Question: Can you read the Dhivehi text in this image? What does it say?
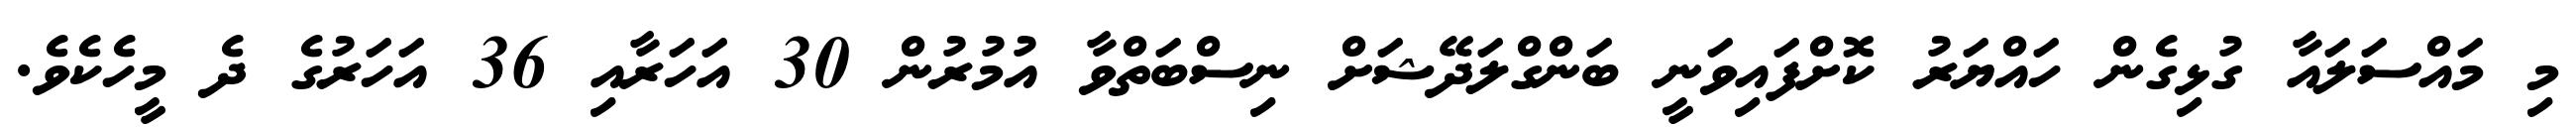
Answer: މި މައްސަލައާ ގުޅިގެން ހައްޔަރު ކޮށްފައިވަނީ ބަންގްލަދޭޝަށް ނިސްބަތްވާ އުމުރުން 30 އަހަރާއި 36 އަހަރުގެ ދެ މީހެކެވެ.